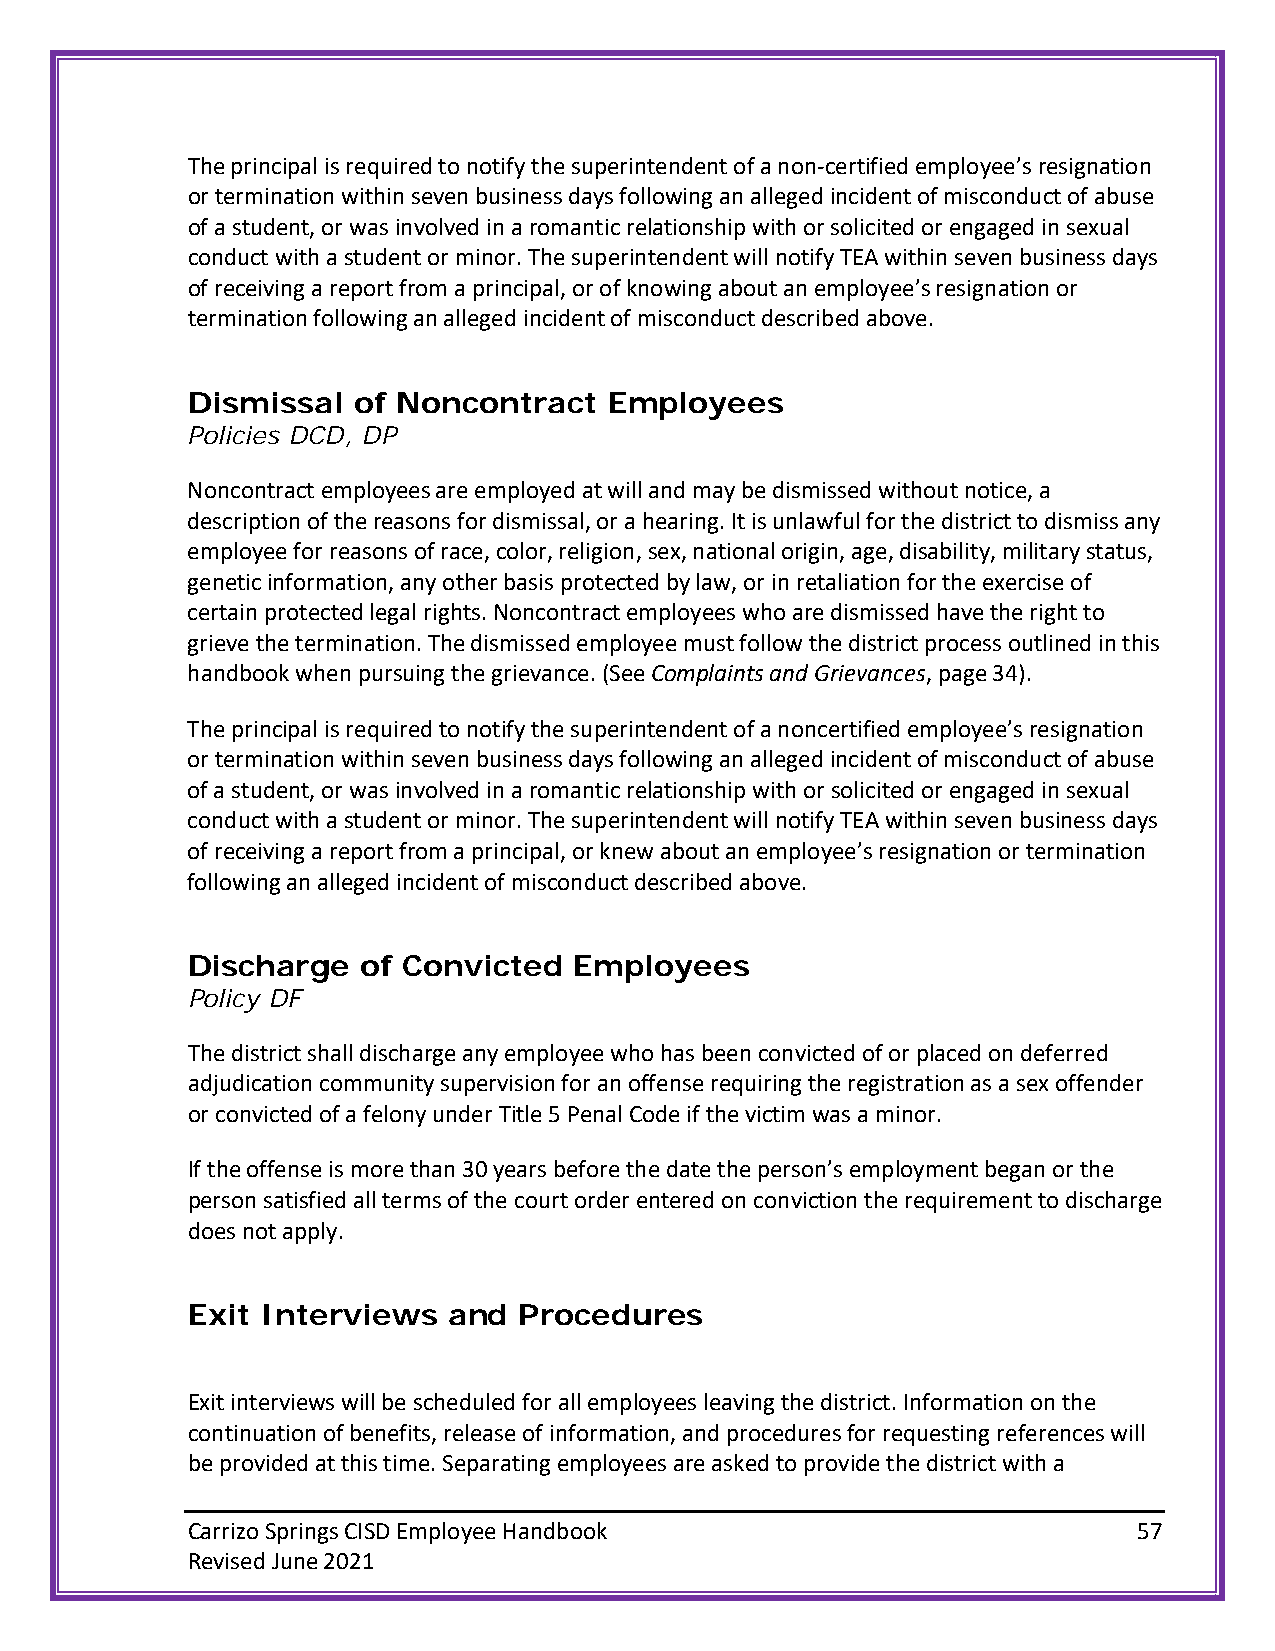
The principal is required to notify the superintendent of a non-certified employee’s resignation
 or termination within seven business days following an alleged incident of misconduct of abuse
 of a student, or was involved in a romantic relationship with or solicited or engaged in sexual
 conduct with a student or minor. The superintendent will notify TEA within seven business days
 of receiving a report from a principal, or of knowing about an employee’s resignation or
 termination following an alleged incident of misconduct described above.
 Dismissal  of Noncontract   Employees
 Policies DCD, DP
 Noncontract employees are employed at will and may be dismissed without notice, a
 description of the reasons for dismissal, or a hearing. It is unlawful for the district to dismiss any
 employee for reasons of race, color, religion, sex, national origin, age, disability, military status,
 genetic information, any other basis protected by law, or in retaliation for the exercise of
 certain protected legal rights. Noncontract employees who are dismissed have the right to
 grieve the termination. The dismissed employee must follow the district process outlined in this
 handbook when pursuing the grievance. (See Complaints and Grievances, page 34).
 The principal is required to notify the superintendent of a noncertified employee’s resignation
 or termination within seven business days following an alleged incident of misconduct of abuse
 of a student, or was involved in a romantic relationship with or solicited or engaged in sexual
 conduct with a student or minor. The superintendent will notify TEA within seven business days
 of receiving a report from a principal, or knew about an employee’s resignation or termination
 following an alleged incident of misconduct described above.
 Discharge   of Convicted  Employees
 Policy DF
 The district shall discharge any employee who has been convicted of or placed on deferred
 adjudication community supervision for an offense requiring the registration as a sex offender
 or convicted of a felony under Title 5 Penal Code if the victim was a minor.
 If the offense is more than 30 years before the date the person’s employment began or the
 person satisfied all terms of the court order entered on conviction the requirement to discharge
 does not apply.
 Exit Interviews   and Procedures
 Exit interviews will be scheduled for all employees leaving the district. Information on the
 continuation of benefits, release of information, and procedures for requesting references will
 be provided at this time. Separating employees are asked to provide the district with a
 Carrizo Springs CISD Employee Handbook                         57
 Revised June 2021